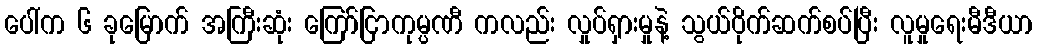
ပေါ်က ၆ ခုမြောက် အကြီးဆုံး ကြော်ငြာကုမ္ပဏီ ကလည်း လှုပ်ရှားမှုနဲ့ သွယ်ဝိုက်ဆက်စပ်ပြီး လူမှုရေးမီဒီယာ